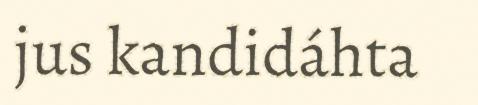
jus kandidáhta